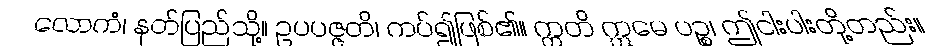
လောကံ၊ နတ်ပြည်သို့။ ဥပပဇ္ဇတိ၊ ကပ်၍ဖြစ်၏။ ဣတိ ဣမေ ပဉ္စ၊ ဤငါးပါးတို့တည်း။